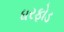
ધરફોડ